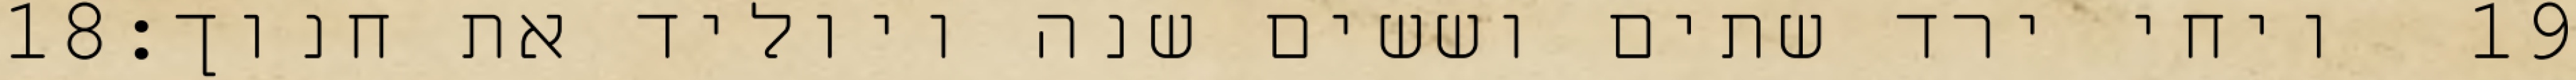
‎18‏ ויחי ירד שתים וששים שנה ויוליד את חנוך׃ ‎19‏